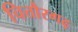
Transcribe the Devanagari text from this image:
चित्तौरगढ़